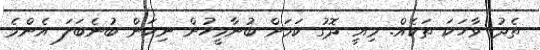
ތެދު ވާހަކަ ތަކެއް. މިއީީ ދޮގު ކަމަށް ބުނާމީހުން ނިކަން ބުނެބަލަ އެންމެ